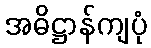
အဓိဋ္ဌာန်ကျပုံ